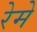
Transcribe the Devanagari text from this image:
रेमे